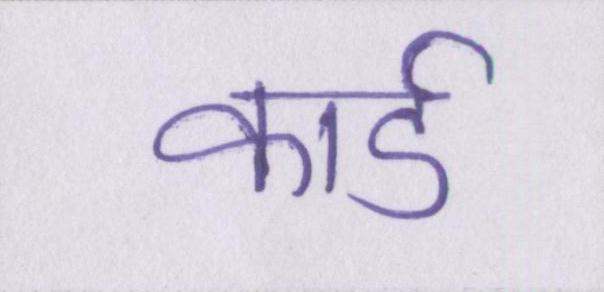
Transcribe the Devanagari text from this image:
कार्ड